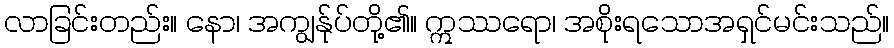
လာခြင်းတည်း။ နော၊ အကျွန်ုပ်တို့၏။ ဣဿရော၊ အစိုးရသောအရှင်မင်းသည်။